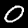
Label: 0